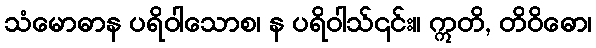
သံမောဓာန ပရိဝါသောစ၊ န ပရိဝါသ်၎င်း။ ဣတိ, တိဝိဓော၊